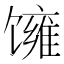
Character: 𬳓